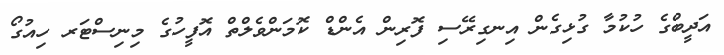
އަދީބްގެ ހުކުމާ ގުޅިގެން އިނގިރޭސި ފޮރިން އެންޑް ކޮމަންވެލްތް އޮފީހުގެ މިނިސްޓަރ ހިއުގޯ